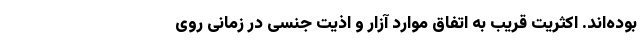
بوده‌اند. اکثریت قریب به اتفاق موارد آزار و اذیت جنسی در زمانی روی‌